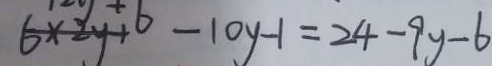
6 \times 2 y + 6 - 1 0 y - 1 = 2 4 - 9 y - 6